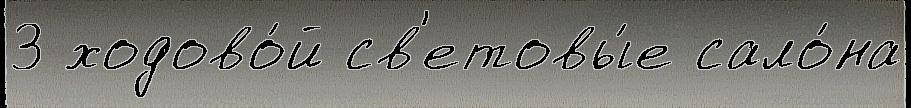
3 ходово́й св'етовы́е сало́на